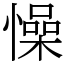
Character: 懆